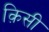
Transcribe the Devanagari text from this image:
क़िसी